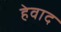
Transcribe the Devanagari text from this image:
हेवाद